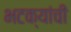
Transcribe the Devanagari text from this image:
भटक्यांची